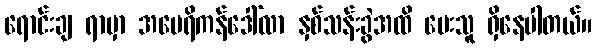
ရောင်းချ ရာမှာ အမေရိကန်ဒေါ်လာ နှစ်သန်းခွဲအထိ ပေးသူ ရှိနေပါတယ်။